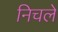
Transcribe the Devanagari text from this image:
निचले